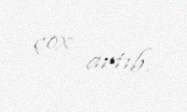
çox artıb.